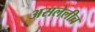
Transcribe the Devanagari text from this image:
असलेलीच